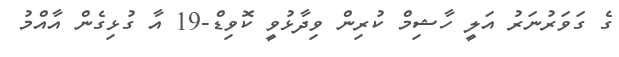
ގެ ގަވަރުނަރު އަލީ ހާޝިމް ކުރިން ވިދާޅުވީ ކޮވިޑް-19 އާ ގުޅިގެން އާއްމު